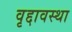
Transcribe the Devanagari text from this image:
वृद्दावस्था